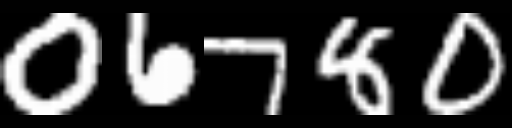
Text: 06780